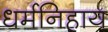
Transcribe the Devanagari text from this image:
धर्मनिहाय